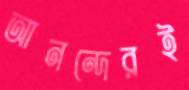
আনন্দেরই